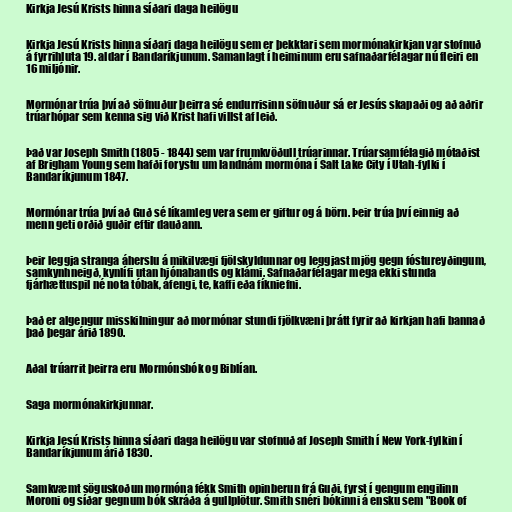
Kirkja Jesú Krists hinna síðari daga heilögu

Kirkja Jesú Krists hinna síðari daga heilögu sem er þekktari sem mormónakirkjan var stofnuð
á fyrrihluta 19. aldar í Bandaríkjunum. Samanlagt í heiminum eru safnaðarfélagar nú fleiri en
16 miljónir.

Mormónar trúa því að söfnuður þeirra sé endurrisinn söfnuður sá er Jesús skapaði og að aðrir
trúarhópar sem kenna sig við Krist hafi villst af leið.

Það var Joseph Smith (1805 - 1844) sem var frumkvöðull trúarinnar. Trúarsamfélagið mótaðist
af Brigham Young sem hafði forystu um landnám mormóna í Salt Lake City í Utah-fylki í
Bandaríkjunum 1847.

Mormónar trúa því að Guð sé líkamleg vera sem er giftur og á börn. Þeir trúa því einnig að
menn geti orðið guðir eftir dauðann.

Þeir leggja stranga áherslu á mikilvægi fjölskyldunnar og leggjast mjög gegn fóstureyðingum,
samkynhneigð, kynlífi utan hjónabands og klámi. Safnaðarfélagar mega ekki stunda
fjárhættuspil né nota tóbak, áfengi, te, kaffi eða fíkniefni.

Það er algengur misskilningur að mormónar stundi fjölkvæni þrátt fyrir að kirkjan hafi bannað
það þegar árið 1890.

Aðal trúarrit þeirra eru Mormónsbók og Biblían.

Saga mormónakirkjunnar.

Kirkja Jesú Krists hinna síðari daga heilögu var stofnuð af Joseph Smith í New York-fylkin í
Bandaríkjunum árið 1830.

Samkvæmt söguskoðun mormóna fékk Smith opinberun frá Guði, fyrst í gengum engilinn
Moroni og síðar gegnum bók skráða á gullplötur. Smith snéri bókinni á ensku sem "Book of